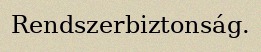
Rendszerbiztonság.